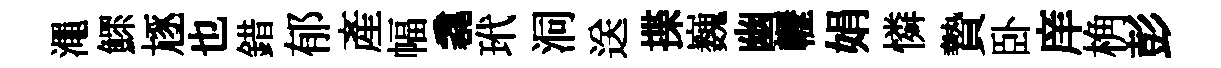
澠鰥豗也錯郁産幅毳玳洞送揲巍幽轣娟憐贄卧庠桷彭